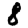
Digit: 8